Vaccination in Bombay 1889-1901 - 1889-1901
Year: 1889
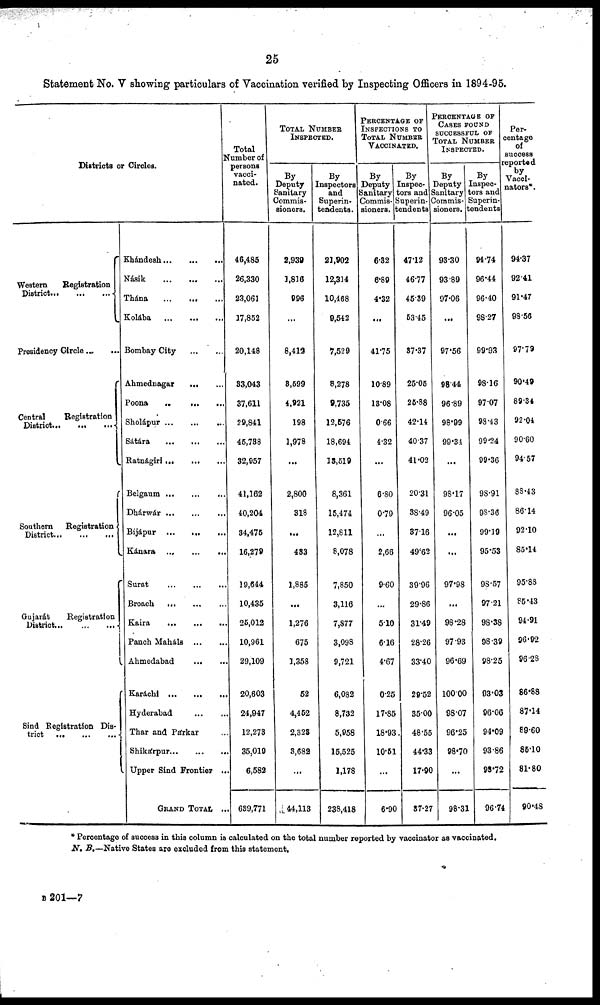
25
Statement No. V showing particulars of Vaccination verified by Inspecting Officers in 1894-95.
Districts or Circles.
Western
Registration
District...
...
...
Presidency Circle ... ...
Central
Registration
District...
...
...
Southern
Registration
District...
...
...
Gujarát
Registration
District...
...
...
Sind Registration Dis-
trict
...
...
...
Khándesh...
...
...
Násik
...
...
...
Thána
...
...
...
Kolába
...
...
...
Bombay City
...
...
Ahmednagar
...
...
Poona
..
...
...
Sholápur...
...
...
Sátára
...
...
...
Ratnágiri...
...
...
Belgaum...
...
...
Dhárwár...
...
...
Bijápur
...
...
...
Kánara...
...
...
Surat...
...
...
Broach
...
...
...
Kaira
...
...
...
Panch Maháls ... ...
Ahmedabad
... ...
Karáchi...
...
...
Hyderabad ... ...
Thar and Párkar ...
Shikárpur...
...
...
Upper Sind Frontier ...
GRAND TOTAL ...
Total
Number of
persons
vacci-
nated.
46,485
26,330
23,061
17,852
20,148
33,043
37,611
29,841
45,738
32,957
41,162
40,204
34,475
16,279
19,644
10,435
25,012
10,961
29,109
20,603
24,947
12,273
35,019
6,582
639,771
TOTAL NUMBER
INSPECTED.
Deputy
Sanitary
Commis-
sioners.
2,939
1,816
996
...
8,412
3,599
4,921
198
1,978
...
2,800
318
...
433
1,885
...
1,276
675
1,358
52
4,452
2,323
3,682
...
44,113
By
Inspectors
and
Superin-
tendents.
21,902
12,314
10,468
9,542
7,529
8,278
9,735
12,576
18,694
13,519
8,361
15,474
12,811
8,078
7,850
3,116
7,877
3,098
9,721
6,082
8,732
5,958
15,525
1,178
238,418
PERCENTAGE OF
INSPECTIONS TO
TOTAL NUMBER
VACCINATED.
By
Deputy
Sanitary
Commis-
sioners.
6.32
6.89
4.32
...
41.75
10.89
13.08
0.66
4.32
...
6.80
0.79
...
2,66
9.60
...
5.10
6.16
4.67
0.25
17.85
18.93
10.51
...
6.90
By
Inspec-
tors and
Superin¬
tendents
47.12
46.77
45.39
53.45
37.37
25.05
25.88
42.14
40.37
41.02
20.31
38.49
37.16
49.62
39.96
29.86
31.49
28.26
33.40
29.52
35.00
48.55
44.33
17.90
37.27
PERCENTAGE OF
CASES FOUND
SUCCESSFUL OF
TOTAL NUMBER
INSPECTED.
By
Deputy
Sanitary
Commis-
sioners.
93.30
93.89
97.06
...
97.56
98.44
96.89
98.99
99.34
...
98.17
96.05
...
...
97.98
...
98.28
97.93
96.69
100.00
98.07
96.25
98.70
...
98.31
By
Inspec-
tors and
Superin-
tendents
94.74
96.44
96.40
98.27
99.93
98.16
97.07
98.43
99.24
99.36
98.91
98.36
99.19
95.53
98.57
97.21
98.38
98.39
98.25
93.03
96.06
94.09
93.86
93.72
96.74
Per¬
centage
of
success
reported
by
Vacci¬
nators*
94.37
92.41
91.47
98.56
97.79
90.49
89.34
92.04
90.60
94.57
88.43
86.14
92.10
85.14
95.88
85.43
94.91
96.92
96.28
86.88
87.14
89.60
85.10
81.80
90.48
* Percentage of success in this column is calculated on the total number reported by vaccinator as vaccinated.
N. B.—Native States are excluded from this statement.
B 201—7